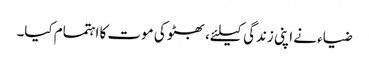
ضیاء نے اپنی زندگی کیلئے، بھٹو کی موت کا اہتمام کیا۔